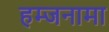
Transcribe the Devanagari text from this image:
हम्जनामा